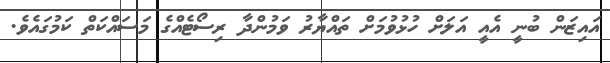
އައިޒަން ބުނީ އެއީ އަލަށް ހުޅުވުމަށް ތައްޔާރު ވަމުންދާ ރިސޯޓެއްގެ މަސައްކަތް ކަމުގައެވެ.